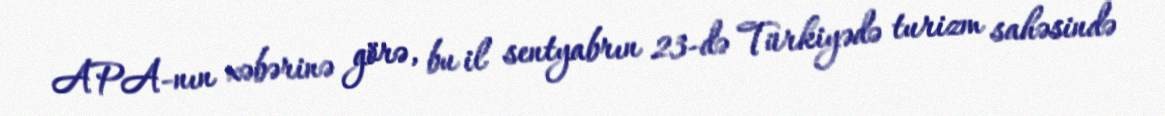
APA-nın xəbərinə görə, bu il sentyabrın 23-də Türkiyədə turizm sahəsində